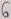
Text: 6